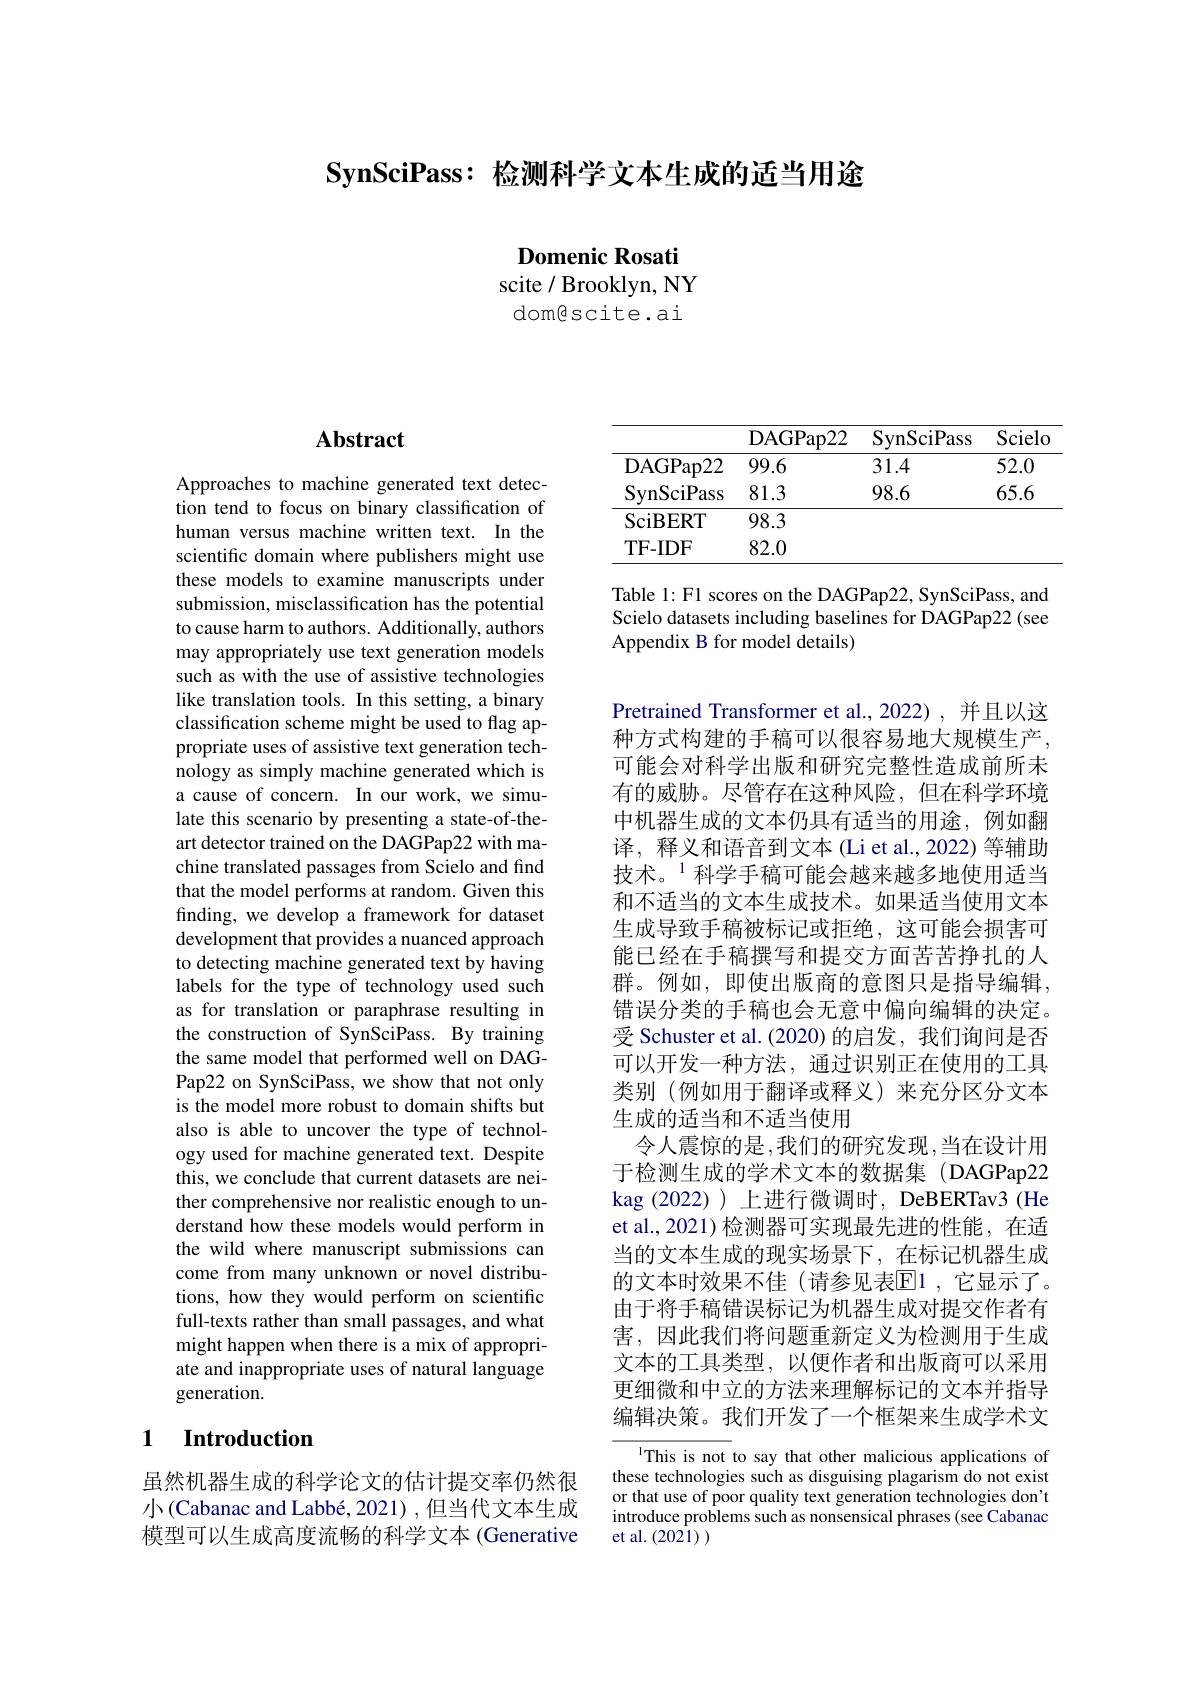
$\textbf{SynSciPass: 检 测 科 学 文 本 生 成 的 适 当 用 途 }$

Domenic Rosati

scite / Brooklyn, NY

domêscite.ai

## Abstract

Approaches to machine generated text detection tend to focus on binary classification of human versus machine written text. In the scientific domain where publishers might use these models to examine manuscripts under submission, misclassification has the potential to cause harm to authors. Additionally, authors may appropriately use text generation models such as with the use of assistive technologies like translation tools. In this setting, a binary classification scheme might be used to flag appropriate uses of assistive text generation technology as simply machine generated which is a cause of concern. In our work, we simulate this scenario by presenting a state-of-theart detector trained on the DAGPap22 with machine translated passages from Scielo and find that the model performs at random. Given this finding, we develop a framework for dataset development that provides a nuanced approach to detecting machine generated text by having labels for the type of technology used such as for translation or paraphrase resulting in the construction of SynSciPass. By training the same model that performed well on DAGPap22 on SynSciPass, we show that not only is the model more robust to domain shifts but also is able to uncover the type of technology used for machine generated text. Despite this, we conclude that current datasets are neither comprehensive nor realistic enough to understand how these models would perform in the wild where manuscript submissions can come from many unknown or novel distributions, how they would perform on scientific full-texts rather than small passages, and what might happen when there is a mix of appropriate and inappropriate uses of natural language generation.

### 1 Introduction

虽然机器生成的科学论文的估计提交率仍然很小(Cabanac and Labbé, 2021) ,但当代文本生成模型可以生成高度流畅的科学文本 (Generative

<table>
	<tbody>
		<tr>
			<th> </th>
			<th>DAGPap22</th>
			<th>SynSciPass</th>
			<th>Scielo</th>
		</tr>
		<tr>
			<td>DAGPap22</td>
			<td>99.6</td>
			<td>31.4</td>
			<td>52.0</td>
		</tr>
		<tr>
			<td>SynSciPass</td>
			<td>81.3</td>
			<td>98.6</td>
			<td>65.6</td>
		</tr>
		<tr>
			<td>SciBERT</td>
			<td>98.3</td>
			<td> </td>
			<td> </td>
		</tr>
		<tr>
			<td>TF- IDF</td>
			<td>82.0</td>
			<td> </td>
			<td> </td>
		</tr>
	</tbody>
</table>

Table 1: F1 scores on the DAGPap22, SynSciPass, and Scielo datasets including baselines for DAGPap22 (see Appendix B for model details)

Pretrained Transformer et al., 2022), 并且以这种方式构建的手稿可以很容易地大规模生产， 可能会对科学出版和研究完整性造成前所未有的威胁。尽管存在这种风险，但在科学环境中机器生成的文本仍具有适当的用途，例如翻译，释义和语音到文本(Li et al., 2022) 等辅助技术。$^{1}$科学手稿可能会越来越多地使用适当和不适当的文本生成技术。如果适当使用文本生成导致手稿被标记或拒绝，这可能会损害可能已经在手稿撰写和提交方面苦苦挣扎的人群。例如，即使出版商的意图只是指导编辑， 错误分类的手稿也会无意中偏向编辑的决定。受 Schuster et al. (2020) 的启发，我们询问是否可以开发一种方法，通过识别正在使用的工具类别 (例如用于翻译或释义)来充分区分文本生成的适当和不适当使用
令人震惊的是，我们的研究发现，当在设计用于检测生成的学术文本的数据集(DAGPap22 kag (2022) )上进行微调时，DeBERTav3 (He et al., 2021) 检测器可实现最先进的性能，在适当的文本生成的现实场景下，在标记机器生成的文本时效果不佳(请参见表E$| 1 , 它 显 示 了 $。由于将手稿错误标记为机器生成对提交作者有害，因此我们将问题重新定义为检测用于生成文本的工具类型，以便作者和出版商可以采用更细微和中立的方法来理解标记的文本并指导编辑决策。我们开发了一个框架来生成学术文
lThis is not to say that other malicious applications of

these technologies such as disguising plagarism do not exist or that use of poor quality text generation technologies don't introduce problems such as nonsensical phrases (see Cabanac et al. $(20\dot{21}))$